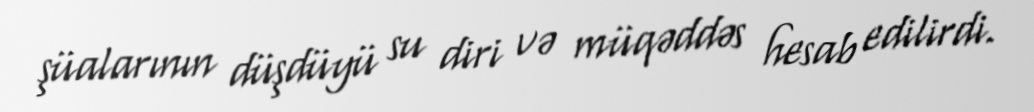
şüalarının düşdüyü su diri və müqəddəs hesab edilirdi.